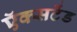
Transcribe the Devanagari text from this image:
ऍक्सटेंड